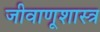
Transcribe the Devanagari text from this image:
जीवाणूशास्त्र